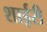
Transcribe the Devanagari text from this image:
शाईरी